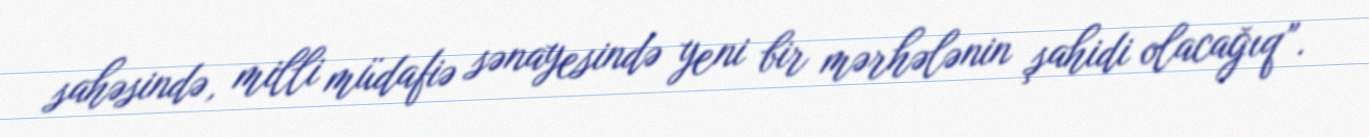
sahəsində, milli müdafiə sənayesində yeni bir mərhələnin şahidi olacağıq”.